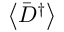
\left\langle { { { \bar { D } } ^ { \dag } } } \right\rangle